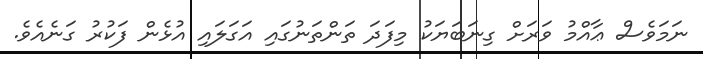
ނަމަވެސް ޢާއްމު ވަރަށް ގިނަބަޔަކު މިފަދަ ތަންތަނުގައި އަގަލައި އުޅެން ފަކުރު ގަނެއެވެ.